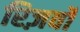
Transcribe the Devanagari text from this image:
रिज़र्वों